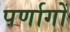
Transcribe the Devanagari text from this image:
पर्णागों